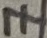
Text: 7